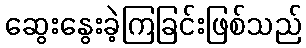
ဆွေးနွေးခဲ့ကြခြင်းဖြစ်သည်